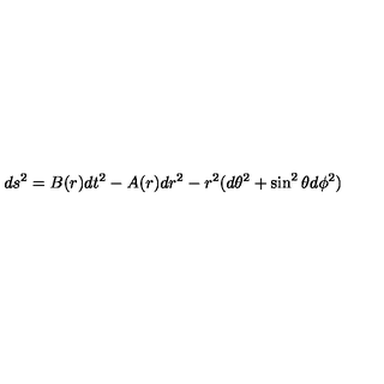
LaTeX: d s ^ { 2 } = B ( r ) d t ^ { 2 } - A ( r ) d r ^ { 2 } - r ^ { 2 } ( d \theta ^ { 2 } + \sin ^ { 2 } \theta d \phi ^ { 2 } )